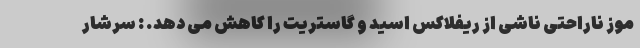
موز ناراحتی ناشی از ریفلاکس اسید و گاستریت را کاهش می دهد. : سرشار